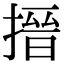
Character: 搢